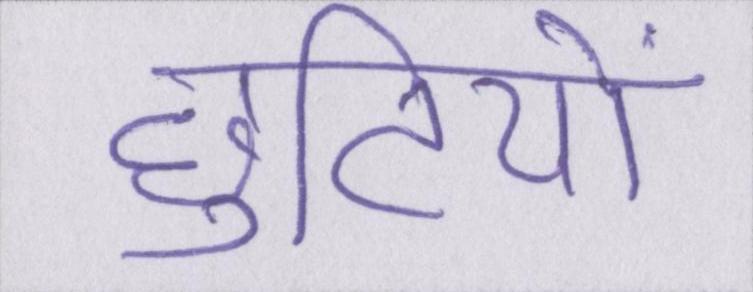
छुटियों